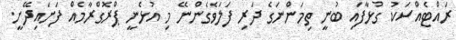
ރައްޓެއްސަކު ގުޅާފައި ބުނީ ތިމަންނަގެ ދަރި ފަލަވެގެންނޭ މި އުޅެނީ ޕްރޮގްރާމެއް ފަށައިދޭށީ.